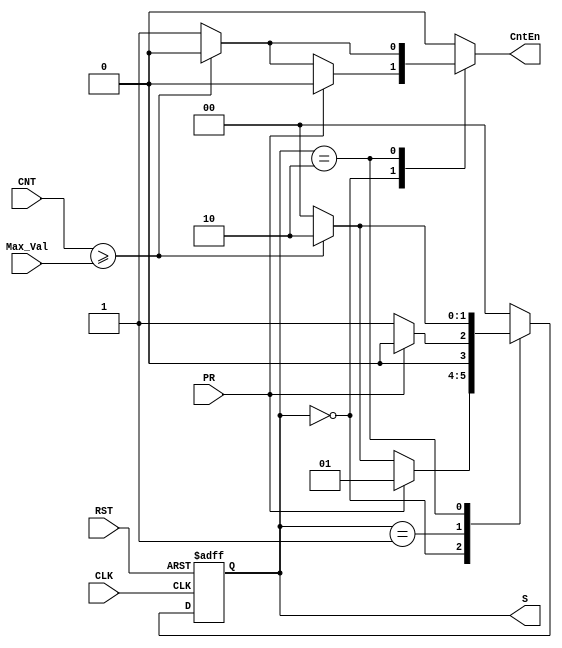
module lab9_fsm (CLK, RST, PR, CNT, Max_Val, CntEn, S);
	input CLK, RST;			// Clock and Reset
	input PR;					// Pause/Reset
	input [5:0] CNT;			// current counter value
	input [5:0] Max_Val;		// counter maximum value

	output reg CntEn;			// output, CntEn: counter enable


	output reg [1:0] S; 	// current state
	reg [1:0] S_star; 	// next state
	parameter [1:0] S_RUN=3'b00, S_PAUSED=3'b01, S_MAX=3'b10;


	// Flip-flops for state (state memory)
	always @(posedge CLK or posedge RST)
		if (RST == 1) S <= S_RUN;	// initialization (to S_RUN)
		else S <= S_star;
		
	// Next state logics 
	// input: S, PR, CNT, Max_Val
	// output: S_star
	always@(S,PR, CNT, Max_Val)
	begin
	  case(S)
		 S_RUN:
			if (PR==1)
				S_star = S_PAUSED;
			else if (CNT >= Max_Val)
            S_star = S_MAX;
			else
            S_star = S_RUN;

		 S_PAUSED:
				if (PR == 1)
					S_star = S_RUN;
				else
					S_star = S_PAUSED;

		 S_MAX:
				if (CNT >= Max_Val)
					S_star = S_MAX;
				else
					S_star = S_RUN;

		 default:
				S_star = S_RUN;
	  endcase
end


// Output logics 
// input: S, PR, CNT, Max_Val
// output: CntEn
always@(S, PR,CNT, Max_Val)
begin
	case(S)
		S_RUN:
			if (PR==1)
				CntEn = 1'b0;
			else if (CNT >= Max_Val)
            CntEn = 1'b0;
			else
            CntEn = 1'b1;

		S_PAUSED:
				if (PR == 1)
					CntEn = 1'b0;
				else
					CntEn = 1'b0;	 
		S_MAX:
				if (CNT >= Max_Val)
					CntEn = 1'b0;	
				else
					CntEn = 1'b1;	
		default:
			CntEn = 1'b0;
	endcase
end

endmodule